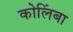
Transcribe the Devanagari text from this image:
कोलिंबा